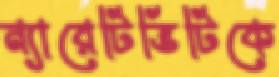
ন্যারেটিভিটিকে